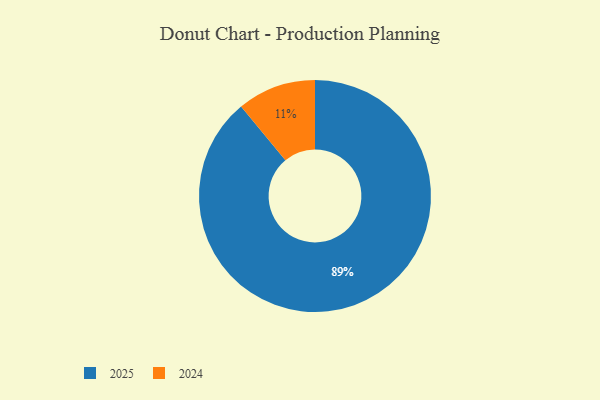
{"axis": {"x": "Category", "y": "Percentage"}, "legend": ["2024", "2025"], "data": [{"x": "2024", "y": 11, "type": "2024"}, {"x": "2025", "y": 89, "type": "2025"}]}